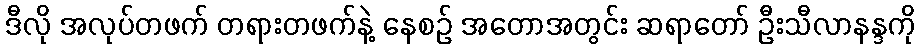
ဒီလို အလုပ်တဖက် တရားတဖက်နဲ့ နေစဉ် အတောအတွင်း ဆရာတော် ဦးသီလာနန္ဒကို